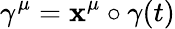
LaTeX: \gamma^{\mu}=\mathbf{x}^{\mu}\circ\gamma(t)